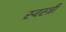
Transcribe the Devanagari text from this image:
स्वस्त्रीं